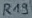
Text: R19